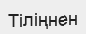
Тіліңнен